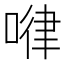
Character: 𠷈